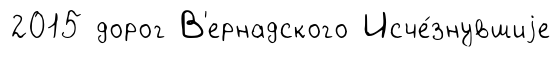
2015 дорог В'ернадского Исче́знувшиjе